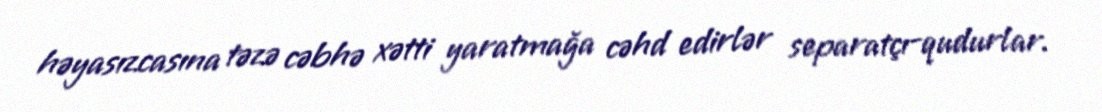
həyasızcasına təzə cəbhə xətti yaratmağa cəhd edirlər separatçı-qudurlar.